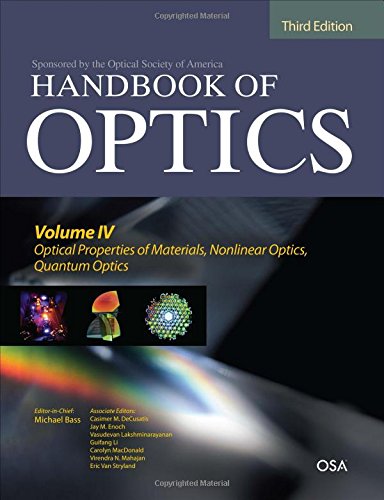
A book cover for Handbook of Optics, Third Edition Volume IV: Optical Properties of Materials, Nonlinear Optics, Quantum Optics (set); Michael Bass; Science & Math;